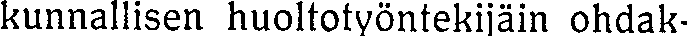
kunnallisen huoltotyöntekijäin ohdak-